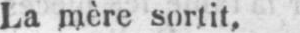
La mère sortit,